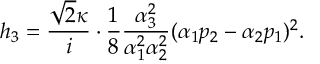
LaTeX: h _ { 3 } = \frac { \sqrt { 2 } \kappa } { i } \cdot \frac { 1 } { 8 } \frac { \alpha _ { 3 } ^ { 2 } } { \alpha _ { 1 } ^ { 2 } \alpha _ { 2 } ^ { 2 } } ( \alpha _ { 1 } p _ { 2 } - \alpha _ { 2 } p _ { 1 } ) ^ { 2 } .